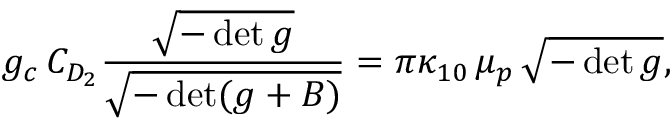
g _ { c } \, C _ { D _ { 2 } } \frac { \sqrt { - \operatorname * { d e t } g } } { \sqrt { - \operatorname * { d e t } ( g + B ) } } = \pi \kappa _ { 1 0 } \, \mu _ { p } \, \sqrt { - \operatorname * { d e t } g } ,